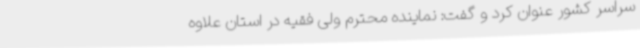
سراسر کشور عنوان کرد و گفت: نماینده محترم ولی فقیه در استان علاوه